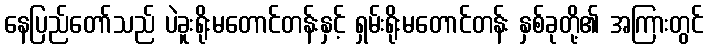
နေပြည်တော်သည် ပဲခူးရိုးမတောင်တန်းနှင့် ရှမ်းရိုးမတောင်တန်း နှစ်ခုတို့၏ အကြားတွင်